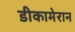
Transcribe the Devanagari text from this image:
डीकामेरान